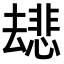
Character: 𫨯